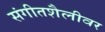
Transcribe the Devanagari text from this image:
संगीतशैलीवर